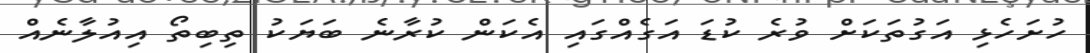
ހުށަހެޅި އަގުތަކަށް ވުރެ ކުޑަ އަގެއްގައި އެކަން ކުރާނެ ބަޔަކު ތިބިތޯ އިއުލާނެއް